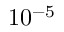
1 0 ^ { - 5 }